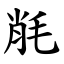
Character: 㲖